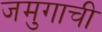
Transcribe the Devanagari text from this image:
जमुगाची